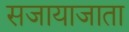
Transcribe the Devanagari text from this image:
सजायाजाता